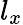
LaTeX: l_{x}